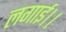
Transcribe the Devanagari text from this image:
लगाई।।